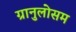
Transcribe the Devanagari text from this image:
ग्रानुलोसम